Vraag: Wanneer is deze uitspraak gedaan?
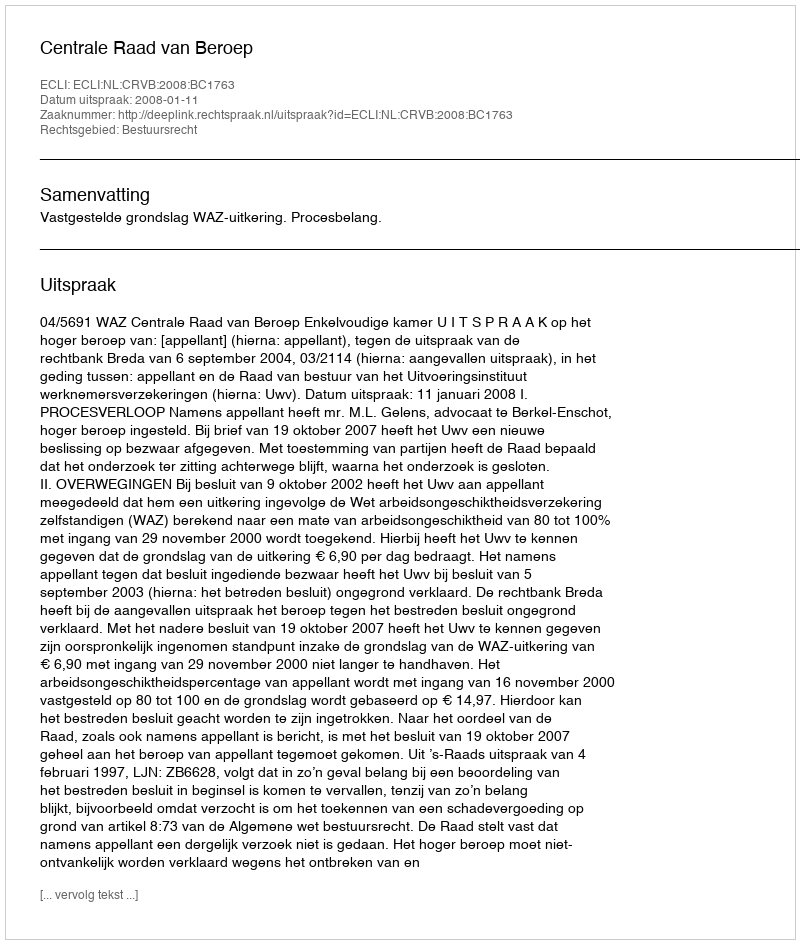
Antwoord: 2008-01-11